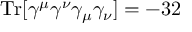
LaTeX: \mathrm { T r } [ \gamma ^ { \mu } \gamma ^ { \nu } \gamma _ { \mu } \gamma _ { \nu } ] = - 3 2